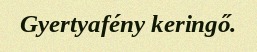
Gyertyafény keringő.